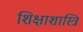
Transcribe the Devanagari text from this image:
शिक्षाशास्त्रि